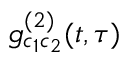
g _ { c _ { 1 } c _ { 2 } } ^ { ( 2 ) } ( t , \tau )